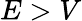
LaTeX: E>V